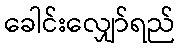
ခေါင်းလျှော်ရည်